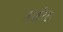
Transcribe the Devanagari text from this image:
अजारिटा